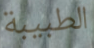
الطبيبة